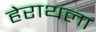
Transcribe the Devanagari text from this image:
हेराथला